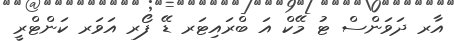
އާރ ދަވަންސް ޓު މޭކް އަ ބްރައިޓަރ ޑޭ ފޯރ އަވަރ ކަންޓްރީ